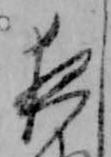
夜